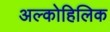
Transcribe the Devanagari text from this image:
अल्कोहिलिक